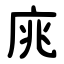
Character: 庣